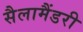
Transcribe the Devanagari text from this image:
सैलामैंडरी